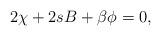
LaTeX: \begin{align*}2\chi +2sB +\beta \phi =0, \end{align*}